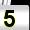
Digit: 5